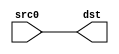
module gpc1_1(input wire[0:0]src0, output wire[0:0]dst);
    assign dst[0] = src0[0];
endmodule